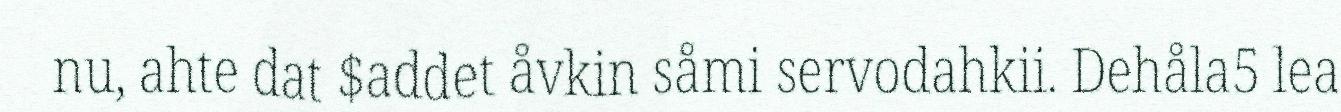
nu, ahte dat $addet åvkin såmi servodahkii. Dehåla5 lea